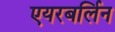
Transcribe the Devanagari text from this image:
एयरबर्लिन